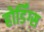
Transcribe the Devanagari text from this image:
होर्डिंग्स